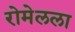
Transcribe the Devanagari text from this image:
रोमेलला